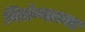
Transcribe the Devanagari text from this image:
निलंग्याच्या